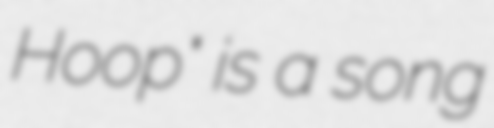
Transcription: Hoop" is a song